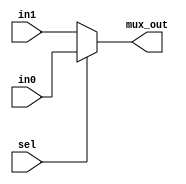
module mux (
input sel,
input [31:0] in0, in1,
output [31:0] mux_out
);

assign  mux_out = (sel) ? in0 : in1;

endmodule